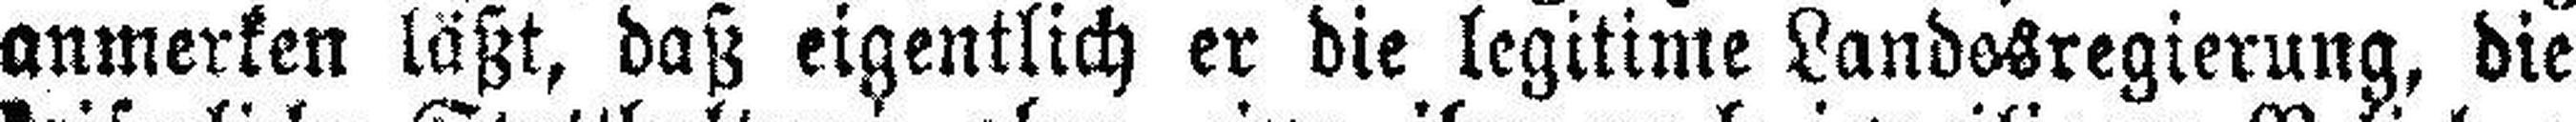
anmerken läßt, daß eigentlich er die legitime Landesregierung, die